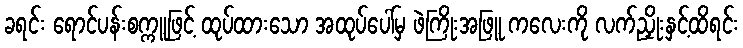
ခရင်း ရောင်ပန်းစက္ကူဖြင့် ထုပ်ထားသော အထုပ်ပေါ်မှ ဖဲကြိုးအဖြူ ကလေးကို လက်ညှိုးနှင့်ထိရင်း